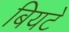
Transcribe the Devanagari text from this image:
बियटे